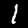
Label: 1